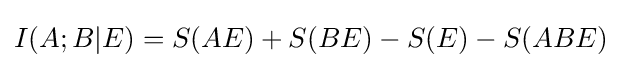
I(A;B|E)=S(AE)+S(BE)-S(E)-S(ABE)